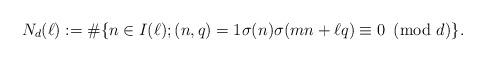
LaTeX: \begin{align*}N_d(\ell):=\#\{n\in I(\ell); (n,q)=1 \sigma(n)\sigma(mn+\ell q)\equiv 0\!\!\!\pmod d\}.\end{align*}